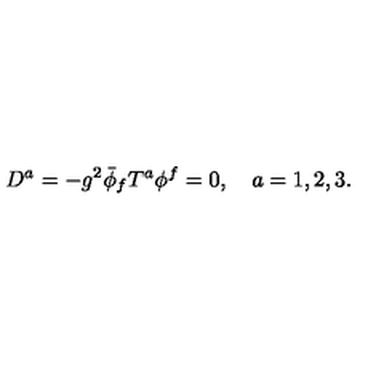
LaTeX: D ^ { a } = - g ^ { 2 } \bar { \phi } _ { f } T ^ { a } \phi ^ { f } = 0 , \quad a = 1 , 2 , 3 .